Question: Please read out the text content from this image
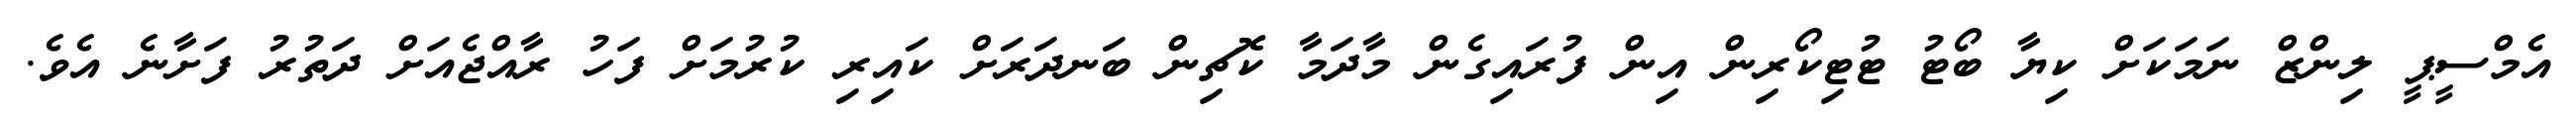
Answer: އެމްސީޕީ ލިންޒް ނަމަކަށް ކިޔާ ބޯޓު ޓުޓިކޯރިން އިން ފުރައިގެން މާދަމާ ކޮޗިން ބަނދަރަށް ކައިރި ކުރުމަށް ފަހު ރާއްޖެއަށް ދަތުރު ފަށާނެ އެވެ.